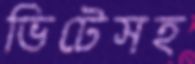
ভিটেসহ